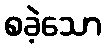
စခဲ့သော